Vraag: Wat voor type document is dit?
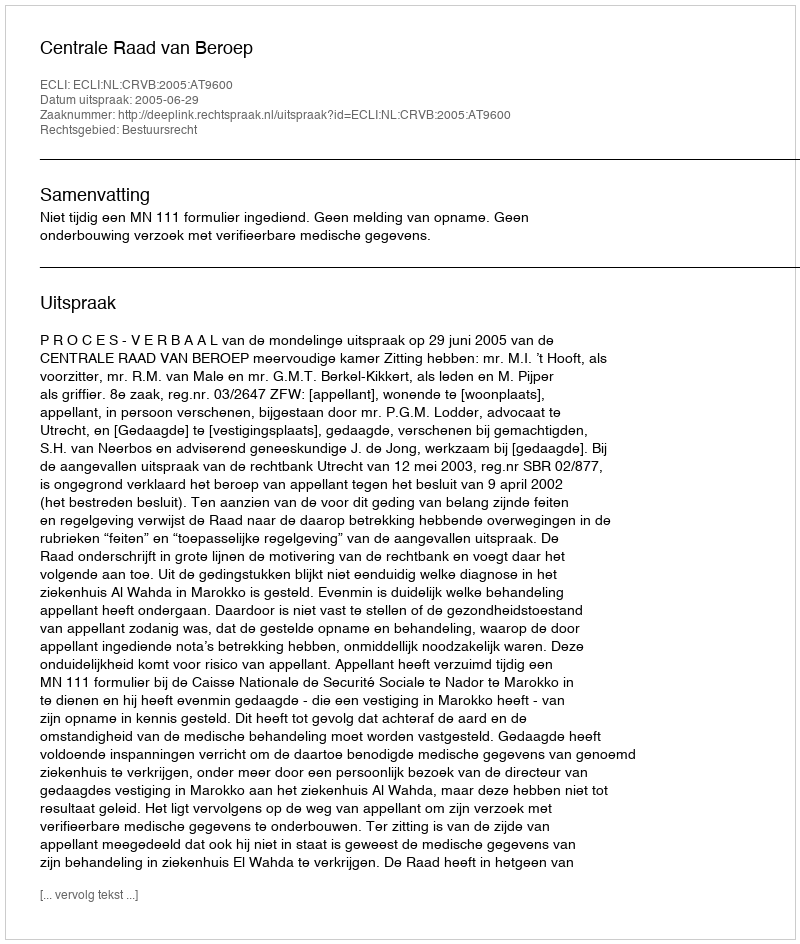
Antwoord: Uitspraak